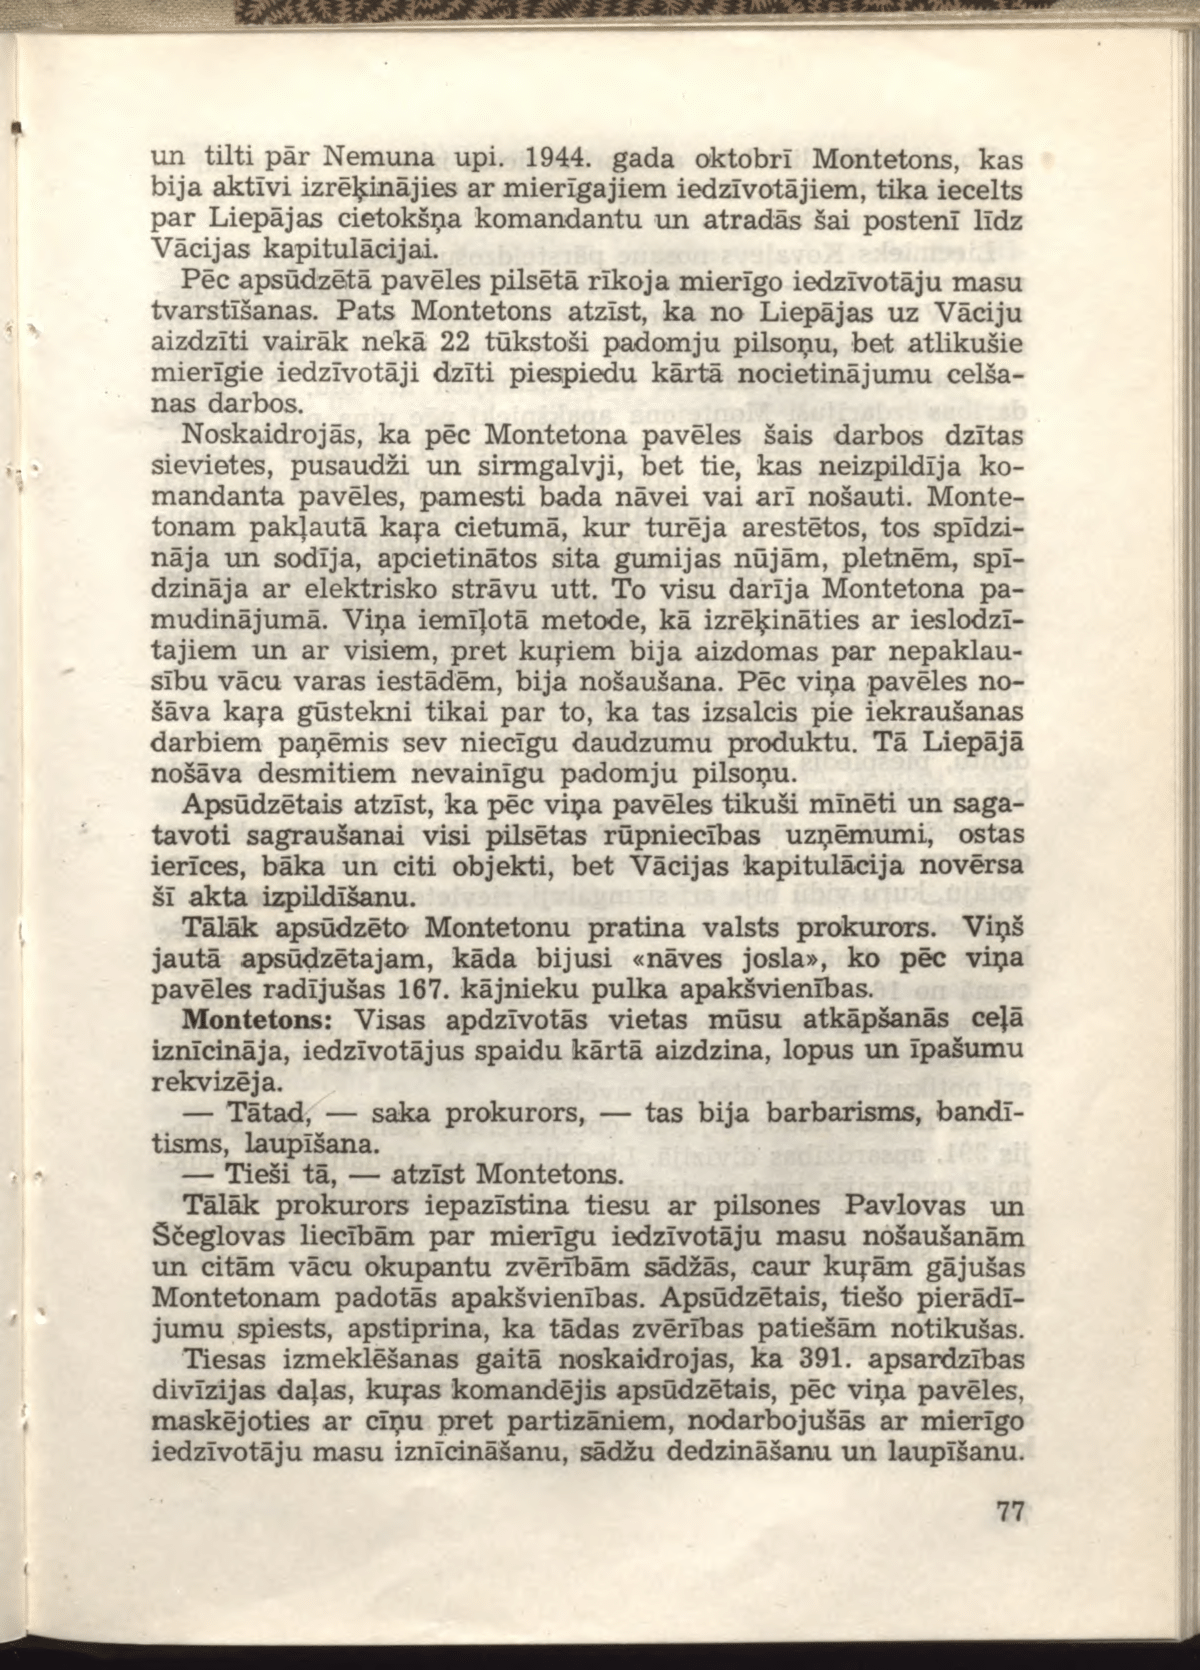
Language: lv